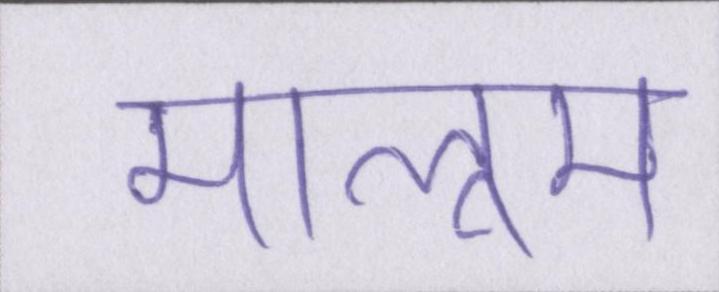
मालूम